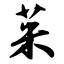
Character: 茱